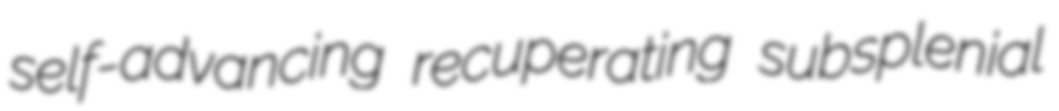
self-advancing recuperating subsplenial